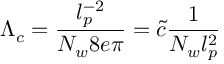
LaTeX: \Lambda _ { c } = \frac { l _ { p } ^ { - 2 } } { N _ { w } 8 e \pi } = \tilde { c } \frac { 1 } { N _ { w } l _ { p } ^ { 2 } }